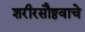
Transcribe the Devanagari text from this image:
शरीरसौष्ठवाचे